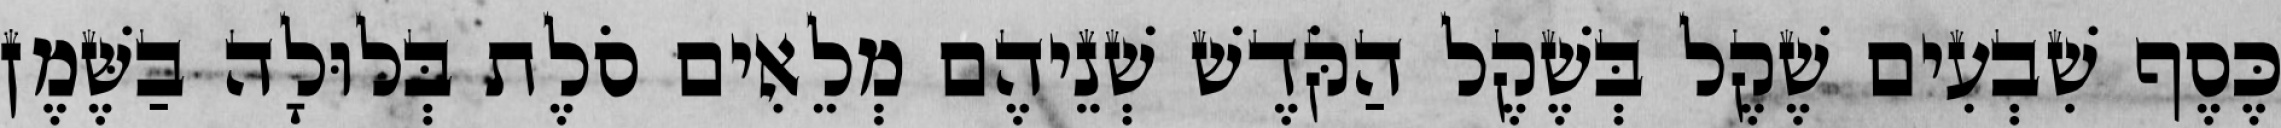
כֶּסֶף שִׁבְעִים שֶׁקֶל בְּשֶׁקֶל הַקֹּדֶשׁ שְׁנֵיהֶם מְלֵאִים סֹלֶת בְּלוּלָה בַשֶּׁמֶן